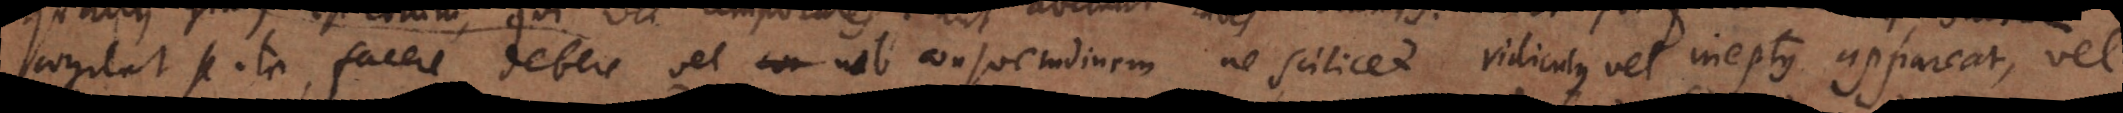
cogitat se ita facere debere vel ob consuetudinem ne scilicet ridiculus vel ineptus appareat, vel